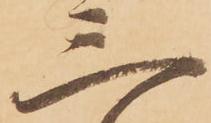
三